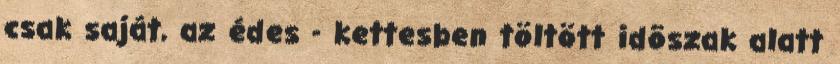
csak saját, az édes - kettesben töltött idõszak alatt